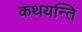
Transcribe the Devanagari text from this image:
कथयन्ति